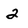
Character: 2